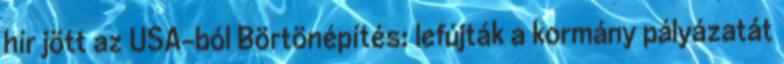
hír jött az USA-ból Börtönépítés: lefújták a kormány pályázatát